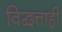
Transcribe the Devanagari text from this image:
विद्वत्ताही